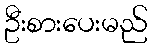
ဦးစားပေးမည်